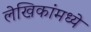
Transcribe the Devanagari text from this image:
लेखिकांमध्ये